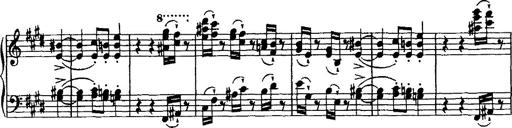
Title: Valse mÃ©lancolique
Composer: Paul Vidal
Key: F-sharp minor